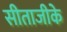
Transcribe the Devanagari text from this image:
सीताजीके